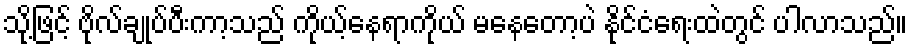
သို့ဖြင့် ဗိုလ်ချုပ်ပီးကာ့သည် ကိုယ့်နေရာကိုယ် မနေတော့ပဲ နိုင်ငံရေးထဲတွင် ပါလာသည်။